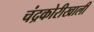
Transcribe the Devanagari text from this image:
चंद्रकोरीखाली